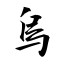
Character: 烏